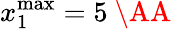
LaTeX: x_{1}^{\mathrm{max}}=5\mathrm{~\AA~}